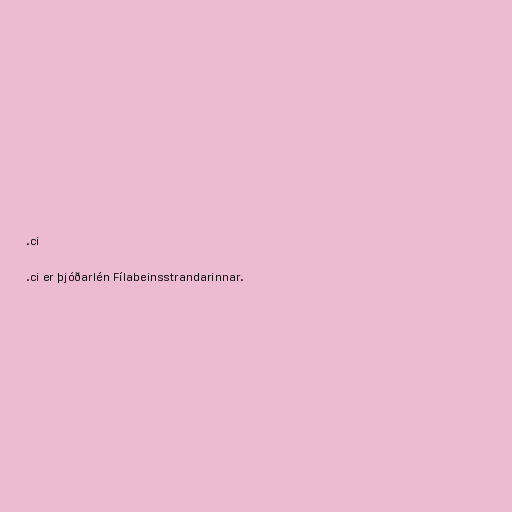
.ci

.ci er þjóðarlén Fílabeinsstrandarinnar.